Report of cholera committee
Disease focus: Cholera
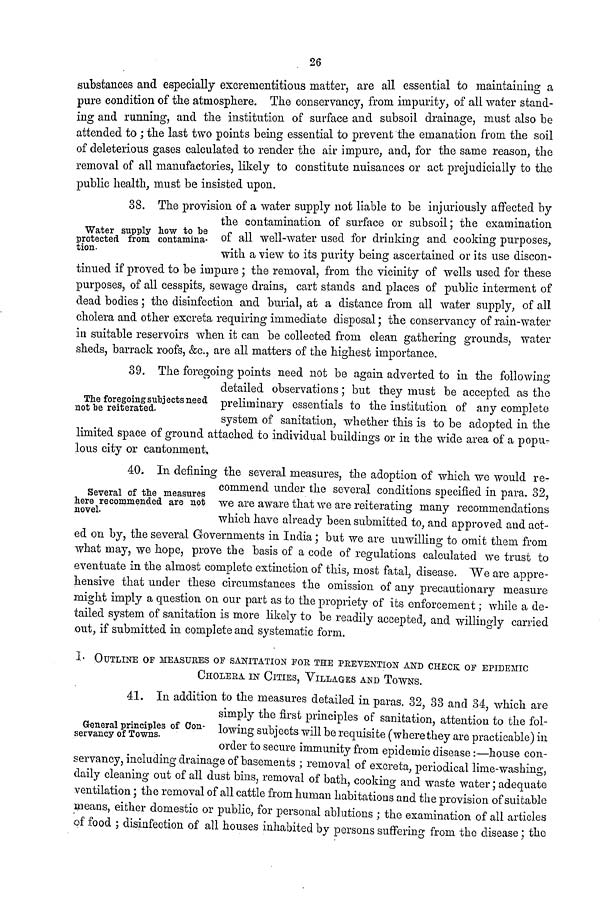
26
substances and especially exerementitious matter, are all essential to maintaining a
pure condition of the atmosphere. The conservancy, from impurity, of all water stand-
ing and running, and the institution of surface and subsoil drainage, must also be
attended to ; the last two points being essential to prevent the emanation from the soil
of deleterious gases calculated to render the air impure, and, for the same reason, the
removal of all manufactories, likely to constitute nuisances or act prejudicially to the
public health, must be insisted upon.
Water supply how to be
protected from contamina-
tion.
38. The provision of a water supply not liable to be injuriously affected by
the contamination of surface or subsoil; the examination
of all well-water used for drinking and cooking purposes,
with a view to its purity being ascertained or its use discon-
tinued if proved to be impure ; the removal, from the vicinity of wells used for these
purposes, of all cesspits, sewage drains, cart stands and places of public interment of
dead bodies; the disinfection and burial, at a distance from all water supply, of all
cholera and other excreta requiring immediate disposal; the conservancy of rain-water
in suitable reservoirs when it can be collected from clean gathering grounds, water
sheds, barrack roofs, &c, are all matters of the highest importance.
The foregoing subjects need,
not be reiterated.
39. The foregoing points need not be again adverted to in the following
detailed observations; but they must be accepted as the
preliminary essentials to the institution of any complete
system of sanitation, whether this is to be adopted in the
limited space of ground attached to individual buildings or in the wide area of a popu-
lous city or cantonment.
Several of the measures
here recommended are not
novel.
40. In defining the several measures, the adoption of which we would re-
commend under the several conditions specified in para. 32,
we are aware that we are reiterating many recommendations
which have already been submitted to, and approved and act-
ed on by, the several Governments in India; but we are unwilling to omit them from
what may, we hope, prove the basis of a code of regulations calculated we trust to
eventuate in the almost complete extinction of this, most fatal, disease. We are appre-
hensive that under these circumstances the omission of any precautionary measure
might imply a question on our part as to the propriety of its enforcement; while a de-
tailed system of sanitation is more likely to be readily accepted, and willingly carried
out, if submitted in complete and systematic form.
1. OUTLINE OF MEASURES OF SANITATION FOE THE PREVENTION AND CHECK OF EPIDEMIC
CHOLERA IN CITIES, VILLAGES AND TOWNS.
General principles of Con-
servancy of Towns.
41. In addition to the measures detailed in paras. 32, 33 and 34, which are
simply the first principles of sanitation, attention to the fol-
lowing subjects will be requisite (where they are practicable) in
order to secure immunity from epidemic disease:—house con-
servancy, including drainage of basements ; removal of excreta, periodical lime-washing,
daily cleaning out of all dust bins, removal of bath, cooking and waste water; adequate
ventilation; the removal of all cattle from human habitations and the provision of suitable
means either domestic or public, for personal ablutions ; the examination of all articles
of food ; disinfection of all houses inhabited by persons suffering from the disease; the